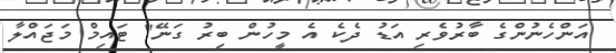
އަންހެނުންގެ ބާރުވެރި އަޑު ދެކެ އެ މީހުން ބިރު ގަނޭ" ޓައިމް މަޖައްލާ